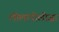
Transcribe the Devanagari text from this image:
लोलापोलोज़ा